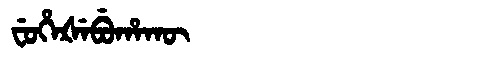
Manchu: ᠸᡠᡥᡝᡧᡝᠪᡠᡥᠠᡴᡡ
Romanization: FUHEŠEBUHAKŪ